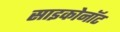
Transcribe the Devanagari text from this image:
साइकोनॉट